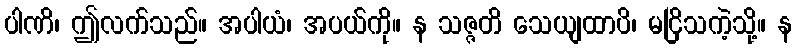
ပါဏိ၊ ဤလက်သည်။ အပါယံ၊ အပယ်ကို။ န သဇ္ဇတိ သေယျထာပိ၊ မငြိသကဲ့သို့။ န